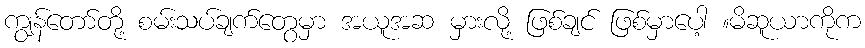
ကျွန်တော်တို့ စမ်းသပ်ချက်တွေမှာ အယူအဆ မှားလို့ ဖြစ်ချင် ဖြစ်မှာပေါ့ ။မိဆူယာကိုက